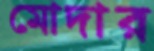
মোদার